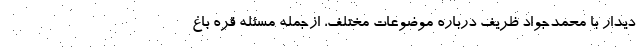
دیدار با محمدجواد ظریف درباره موضوعات مختلف، ازجمله مسئله قره باغ